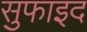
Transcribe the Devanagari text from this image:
सुफाइद